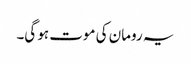
یہ رومان کی موت ہو گی۔